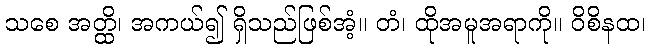
သစေ အတ္ထိ၊ အကယ်၍ ရှိသည်ဖြစ်အံ့။ တံ၊ ထိုအမူအရာကို။ ဝိစိနထ၊